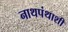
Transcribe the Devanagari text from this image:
नाथपंथाशी